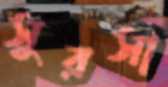
সুরসা